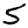
Digit: 5